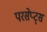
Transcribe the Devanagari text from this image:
परसेप्ट्स